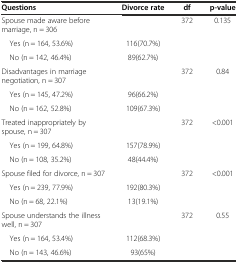
| Questions | Divorce rate | df | p-value |
 | --- | --- | --- | --- |
 | Spouse made aware before marriage, n = 306 |  | 372 | 0.135 |
 | Yes (n = 164, 53.6%) | 116(70.7%) |  |  |
 | No (n = 142, 46.4%) | 89(62.7%) |  |  |
 | Disadvantages in marriage negotiation, n = 307 |  | 372 | 0.84 |
 | Yes (n = 145, 47.2%) | 96(66.2%) |  |  |
 | No (n = 162, 52.8%) | 109(67.3%) |  |  |
 | Treated inappropriately by spouse, n = 307 |  | 372 | <0.001 |
 | Yes (n = 199, 64.8%) | 157(78.9%) |  |  |
 | No (n = 108, 35.2%) | 48(44.4%) |  |  |
 | Spouse filed for divorce, n = 307 |  | 372 | <0.001 |
 | Yes (n = 239, 77.9%) | 192(80.3%) |  |  |
 | No (n = 68, 22.1%) | 13(19.1%) |  |  |
 | Spouse understands the illness well, n = 307 |  | 372 | 0.55 |
 | Yes (n = 164, 53.4%) | 112(68.3%) |  |  |
 | No (n = 143, 46.6%) | 93(65%) |  |  |